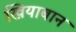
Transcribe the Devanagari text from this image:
खियाबान